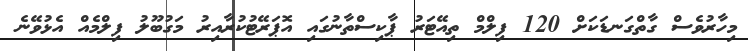
މިހާރުވެސް ގާތްގަނޑަކަށް 120 ފިލްމް ތިއޭޓަރު ޕާކިސްތާނުގައި އޮޕަރޭޓުކުރާއިރު މަގުބޫލު ފިލްމެއް އެޅުވޭނެ